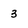
Character: 3